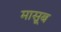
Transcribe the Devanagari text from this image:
मासूब